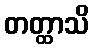
တတ္ထာသိ